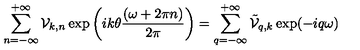
\sum _ { n = - \infty } ^ { + \infty } { \cal V } _ { k , n } \exp \left( i k \theta \frac { ( \omega + 2 \pi n ) } { 2 \pi } \right) = \sum _ { q = - \infty } ^ { + \infty } \tilde { \cal V } _ { q , k } \exp ( - i q \omega )